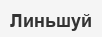
Линьшуй